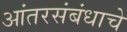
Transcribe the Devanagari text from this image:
आंतरसंबंधाचे